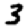
Digit: 3